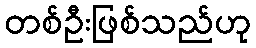
တစ်ဦးဖြစ်သည်ဟု